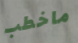
ماخطب